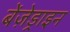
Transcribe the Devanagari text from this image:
बेंज़ेड्राइन